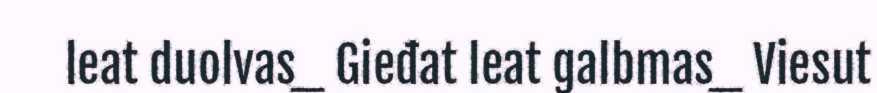
leat duolvas_ Gieđat leat galbmas_ Viesut